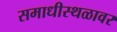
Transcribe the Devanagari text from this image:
समाधीस्थळावर